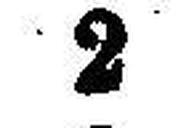
2